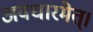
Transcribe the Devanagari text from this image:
अवधारमेत्।